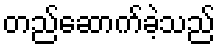
တည်ဆောက်ခဲ့သည်